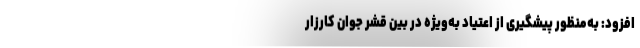
افزود: به‌منظور پیشگیری از اعتیاد به‌ویژه در بین قشر جوان کارزار